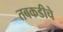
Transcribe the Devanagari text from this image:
तबकडीचे